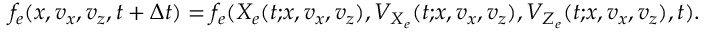
f _ { e } ( x , v _ { x } , v _ { z } , t + \Delta t ) = f _ { e } ( X _ { e } ( t { ; } x , v _ { x } , v _ { z } ) , V _ { X _ { e } } ( t { ; } x , v _ { x } , v _ { z } ) , V _ { Z _ { e } } ( t { ; } x , v _ { x } , v _ { z } ) , t ) .